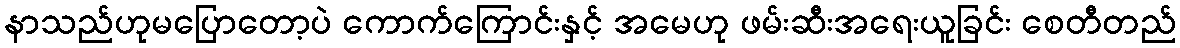
နာသည်ဟုမပြောတော့ပဲ ကောက်ကြောင်းနှင့် အမေဟု ဖမ်းဆီးအရေးယူခြင်း စေတီတည်